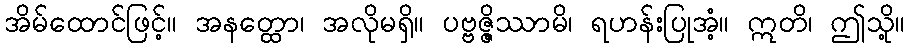
အိမ်ထောင်ဖြင့်။ အနတ္ထော၊ အလိုမရှိ။ ပဗ္ဗဇ္ဇိဿာမိ၊ ရဟန်းပြုအံ့။ ဣတိ၊ ဤသို့။